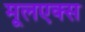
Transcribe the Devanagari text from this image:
मूलएक्स